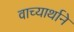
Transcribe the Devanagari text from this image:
वाच्यार्थाने